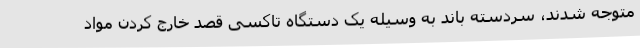
متوجه شدند، سردسته باند به وسیله یک دستگاه تاکسی قصد خارج کردن مواد